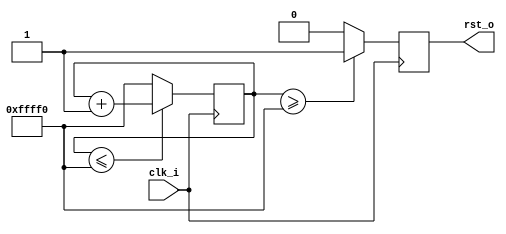
`timescale 1ns / 1ps
//////////////////////////////////////////////////////////////////////////////////
// Company: milinker corperation
// WEB:www.milinker.com
// BBS:www.osrc.cn
// Design Name:    count_reset_v1
// Module Name:    count_reset_v1
// Project Name: 	 count_reset_v1
// Target Devices: XC6SLX25-FTG256 Mis603
// Tool versions:  ISE14.7
// Description: 	 count_reset_v1
// Revision: 		 V1.0
// Additional Comments: 
//1) _i PIN input  
//2) _o PIN output
//3) _n PIN active low
//4) _dg debug signal 
//5) _r  reg delay
//6) _s state machine
//////////////////////////////////////////////////////////////////////////////
module count_reset_v1#
(
	parameter[19:0]num = 20'hffff0
)(
	input clk_i,
	output rst_o
    );

reg[19:0] cnt = 20'd0;
reg rst_d0;

/*count for clock*/
always@(posedge clk_i)
begin
	cnt <= ( cnt <= num)?( cnt + 20'd1 ):num;
end

/*generate output signal*/
always@(posedge clk_i)
begin
	rst_d0 <= ( cnt >= num)?1'b1:1'b0;
end	

assign rst_o = rst_d0;

endmodule